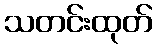
သတင်းထုတ်